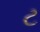
ટ